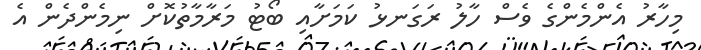
މިހާރު އެންމެންގެ ވެސް ހާލު ރަގަނޅު ކަމަށާއި ބޯޓު މަރާމާތުކޮށް ނިމެންދެން އެ